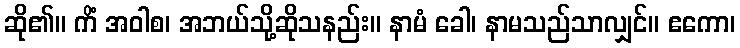
ဆို၏။ ကိံ အဝါစ၊ အဘယ်သို့ဆိုသနည်း။ နာမံ ခေါ၊ နာမသည်သာလျှင်။ ဧကော၊